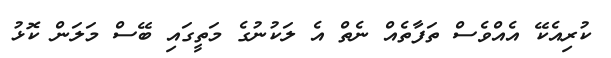
ކުރިއެކޭ އެއްވެސް ތަފާތެއް ނެތް އެ ލަކުނުގެ މަތީގައި ބޭސް މަލަން ކޮޅު